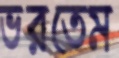
ভরতেম